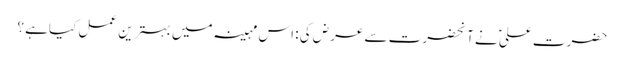
حضرت علیؑ نے آنحضرت سے عرض کی : اس مہینہ میں بہترین عمل کیاہے ؟